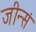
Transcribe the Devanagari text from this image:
जीन्सं